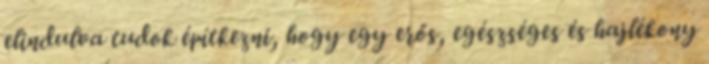
elindulva tudok építkezni, hogy egy erős, egészséges és hajlékony